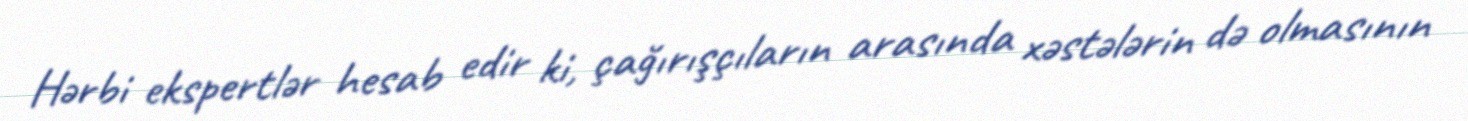
Hərbi ekspertlər hesab edir ki, çağırışçıların arasında xəstələrin də olmasının